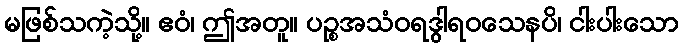
မဖြစ်သကဲ့သို့။ ဧဝံ၊ ဤအတူ။ ပဉ္စအသံဝရဒွါရဝသေနပိ၊ ငါးပါးသော